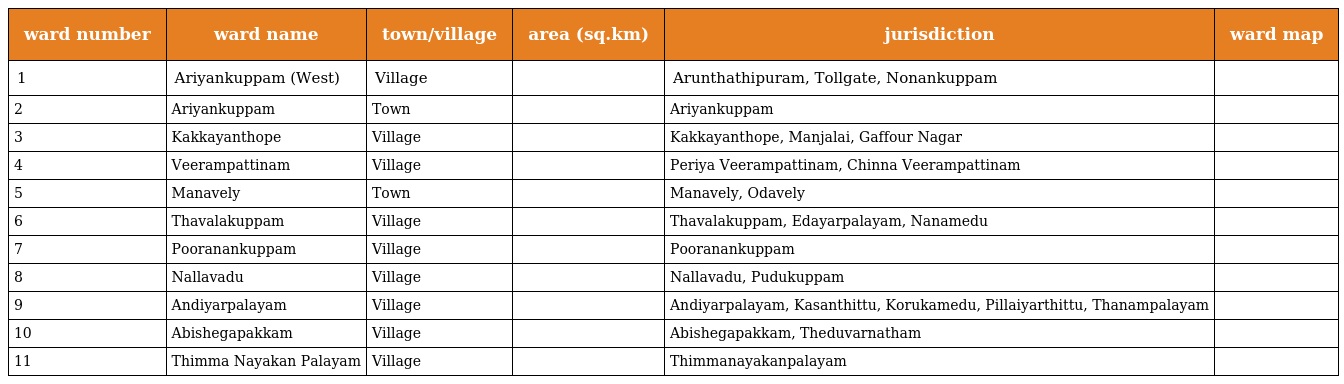
| ward number | ward name | town/village | area (sq.km) | jurisdiction | ward map |
 | --- | --- | --- | --- | --- | --- |
 | 1 | Ariyankuppam (West) | Village |  | Arunthathipuram, Tollgate, Nonankuppam |  |
 | 2 | Ariyankuppam | Town |  | Ariyankuppam |  |
 | 3 | Kakkayanthope | Village |  | Kakkayanthope, Manjalai, Gaffour Nagar |  |
 | 4 | Veerampattinam | Village |  | Periya Veerampattinam, Chinna Veerampattinam |  |
 | 5 | Manavely | Town |  | Manavely, Odavely |  |
 | 6 | Thavalakuppam | Village |  | Thavalakuppam, Edayarpalayam, Nanamedu |  |
 | 7 | Pooranankuppam | Village |  | Pooranankuppam |  |
 | 8 | Nallavadu | Village |  | Nallavadu, Pudukuppam |  |
 | 9 | Andiyarpalayam | Village |  | Andiyarpalayam, Kasanthittu, Korukamedu, Pillaiyarthittu, Thanampalayam |  |
 | 10 | Abishegapakkam | Village |  | Abishegapakkam, Theduvarnatham |  |
 | 11 | Thimma Nayakan Palayam | Village |  | Thimmanayakanpalayam |  |